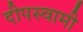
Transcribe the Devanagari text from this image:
दीपस्वामी